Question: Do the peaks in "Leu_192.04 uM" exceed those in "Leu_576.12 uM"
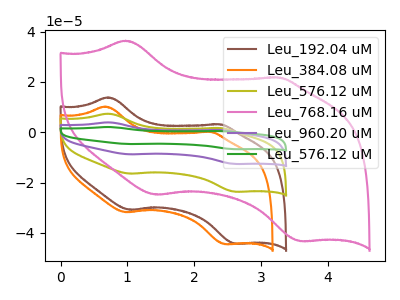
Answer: <think>The brown curve "Leu_192.04 uM" has anodic peaks at (0.70V, 13.85uA) (2.35V, 3.15uA) and cathodic peaks at (1.05V, -30.80uA) (2.60V, -44.30uA). The orange curve "Leu_384.08 uM" has anodic peaks at (0.65V, 10.20uA) (2.25V, 0.15uA) and cathodic peaks at (1.00V, -31.75uA) (2.45V, -44.45uA). The olive curve "Leu_576.12 uM" has anodic peaks at (0.70V, 7.40uA) (2.35V, 1.70uA) and cathodic peaks at (1.05V, -16.45uA) (2.60V, -23.65uA). The pink curve "Leu_768.16 uM" has anodic peaks at (1.00V, 36.40uA) (3.25V, 21.75uA) and cathodic peaks at (1.45V, -24.80uA) (3.60V, -43.25uA). The purple curve "Leu_960.20 uM" has anodic peaks at (0.70V, 14.80uA) (2.35V, 3.40uA) and cathodic peaks at (1.05V, -32.85uA) (2.60V, -47.25uA). The green curve "Leu_576.12 uM" has anodic peaks at (0.70V, 22.15uA) (2.35V, 5.05uA) and cathodic peaks at (1.05V, -49.30uA) (2.60V, -70.90uA).</think>
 <answer>Every peak in "Leu_192.04 uM" is higher than every peak in "Leu_576.12 uM".</answer>
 <eval>higher</eval>